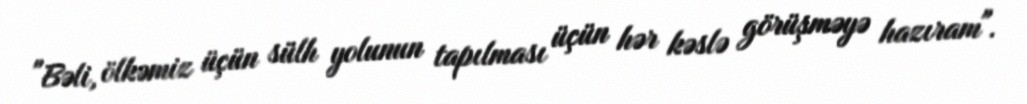
"Bəli, ölkəmiz üçün sülh yolunun tapılması üçün hər kəslə görüşməyə hazıram".